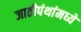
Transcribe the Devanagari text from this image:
जातीपंथांमध्ये